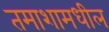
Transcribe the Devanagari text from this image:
तमाशामधील